Leaving Certificate, 1899
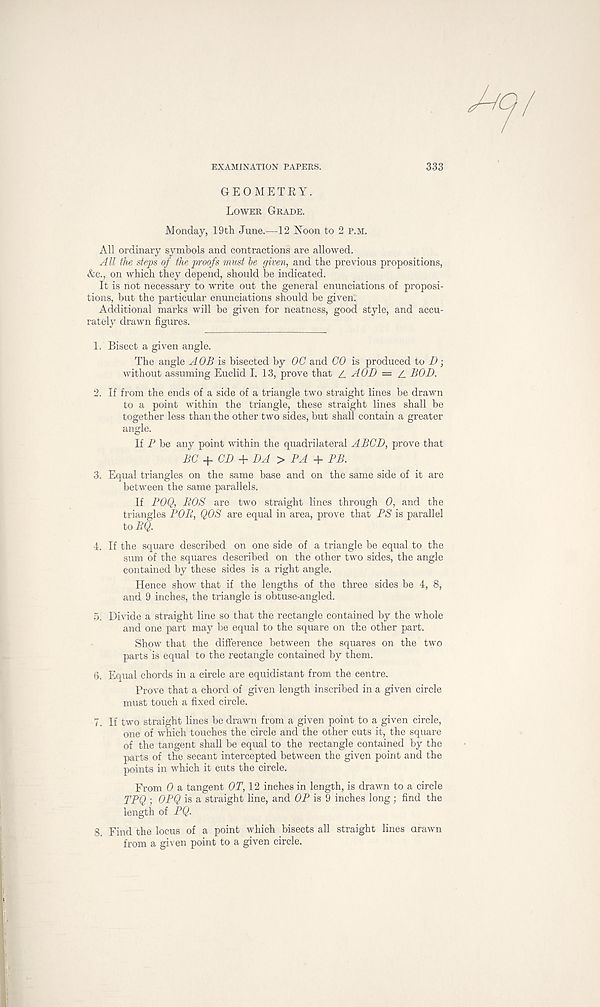
EXAMINATION PAPERS.
333
GEOMETRY.
Lower Grade.
Monday, 19th June.—12 Noon to 2 p.m.
All ordinary symbols and contractions are allowed.
All the steps of the proofs must be given, and the previous propositions,
&c., on which they depend, should be indicated.
It is not necessary to write out the general enunciations of proposi-
tions, but the particular enunciations should be given.
Additional marks will be given for neatness, good style, and accu-
rately drawn figures.
1. Bisect a given angle.
The angle A OB is bisected by OC and CO is produced to D;
without assuming Euclid I. 13, prove that Z. AOD = Z BOD.
2. If from the ends of a side of a triangle two straight lines be drawn
to a point within the triangle, these straight lines shall be
together less than the other two sides, but shall contain a greater
angle.
If P be any point within the quadrilateral A BCD, prove that
BC + CD + DA > PA + PB.
3. Equal triangles on the same base and on the same side of it are
between the same parallels.
If POQ, BOS are two straight lines through 0, and the
triangles POB, QOS are equal in area, prove that PS is parallel
to BQ.
4. If the square described on one side of a triangle be equal to the
sum of the squares described on the other two sides, the angle
contained by these sides is a right angle.
Hence show that if the lengths of the three sides be 4, 8,
and 9 inches, the triangle is obtuse-angled.
5. Divide a straight line so that the rectangle contained by the whole
and one part may be equal to the square on the other part.
Show that the difference between the squares on the two
parts is equal to the rectangle contained by them.
6. Equal chords in a circle are equidistant from the centre.
Prove that a chord of given length inscribed in a given circle
must touch a fixed circle.
7. If two straight lines be drawn from a given point to a given circle,
one of which touches the circle and the other cuts it, the square
of the tangent shall be equal to the rectangle contained by the
parts of the secant intercepted between the given point and the
points in which it cuts the circle.
From 0 a tangent OT, 12 inches in length, is drawn to a circle
TPQ ; OPQ is a straight line, and OP is 9 inches long; find the
length of PQ.
8. Find the locus of a point which bisects all straight lines arawn
from a given point to a given circle.